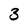
Character: 3